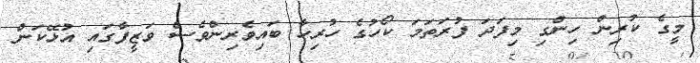
މީގެ ކުރިން ހިންގި މިފަދަ ފުރަތަމަ ކޯހުގެ ހުރިހާ ބައިވެރިންވެސް ވަޒީފާގައި އުޅޭކަން